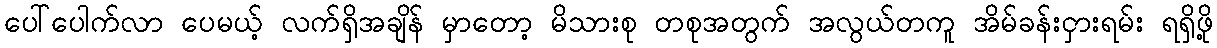
ပေါ်ပေါက်လာ ပေမယ့် လက်ရှိအချိန် မှာတော့ မိသားစု တစုအတွက် အလွယ်တကူ အိမ်ခန်းငှားရမ်း ရရှိဖို့